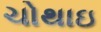
ચોથાઇ